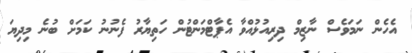
އެހެން ނަމަވެސް ނާޒިމް ދިރިއުޅުއްވާ އެޕާޓްމަންޓުން ހަތިޔާރު ފެނުނު ކަމަށް ބުނެ މިދިޔަ